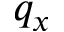
q _ { x }